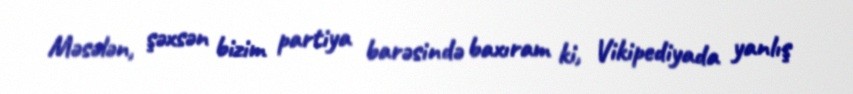
Məsələn, şəxsən bizim partiya barəsində baxıram ki, Vikipediyada yanlış